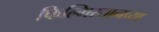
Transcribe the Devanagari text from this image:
फिल्मिस्तानच्या